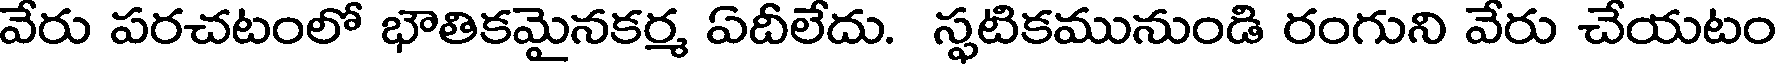
వేరు పరచటంలో భౌతికమైనకర్మ ఏదీలేదు. స్ఫటికమునుండి రంగుని వేరు చేయటం